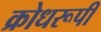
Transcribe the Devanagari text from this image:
क्रोधरूपी